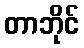
တာဘိုင်